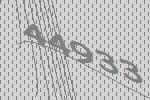
44933